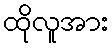
ထိုလူအား